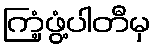
ကြံ့ဖွံ့ပါတီမှ